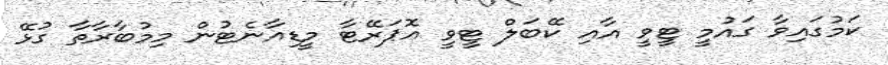
ކަމުގައިވާ ގައުމީ ޓީވީ އާއި ކޭބަލް ޓީވީ އޮޕަރޭޓާ މީޑިއާނެޓުން މިމުބާރާތާ ގުޅޭ